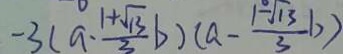
- 3 ( a \cdot \frac { 1 + \sqrt { 1 3 } } { 3 } b ) ( a - \frac { 1 - \sqrt { 1 3 } } { 3 } b )